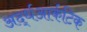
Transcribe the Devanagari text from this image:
अर्द्धआर्कटिक